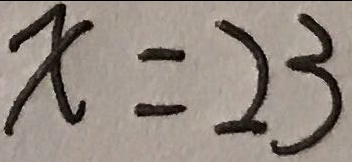
x = 2 3